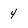
Character: 4